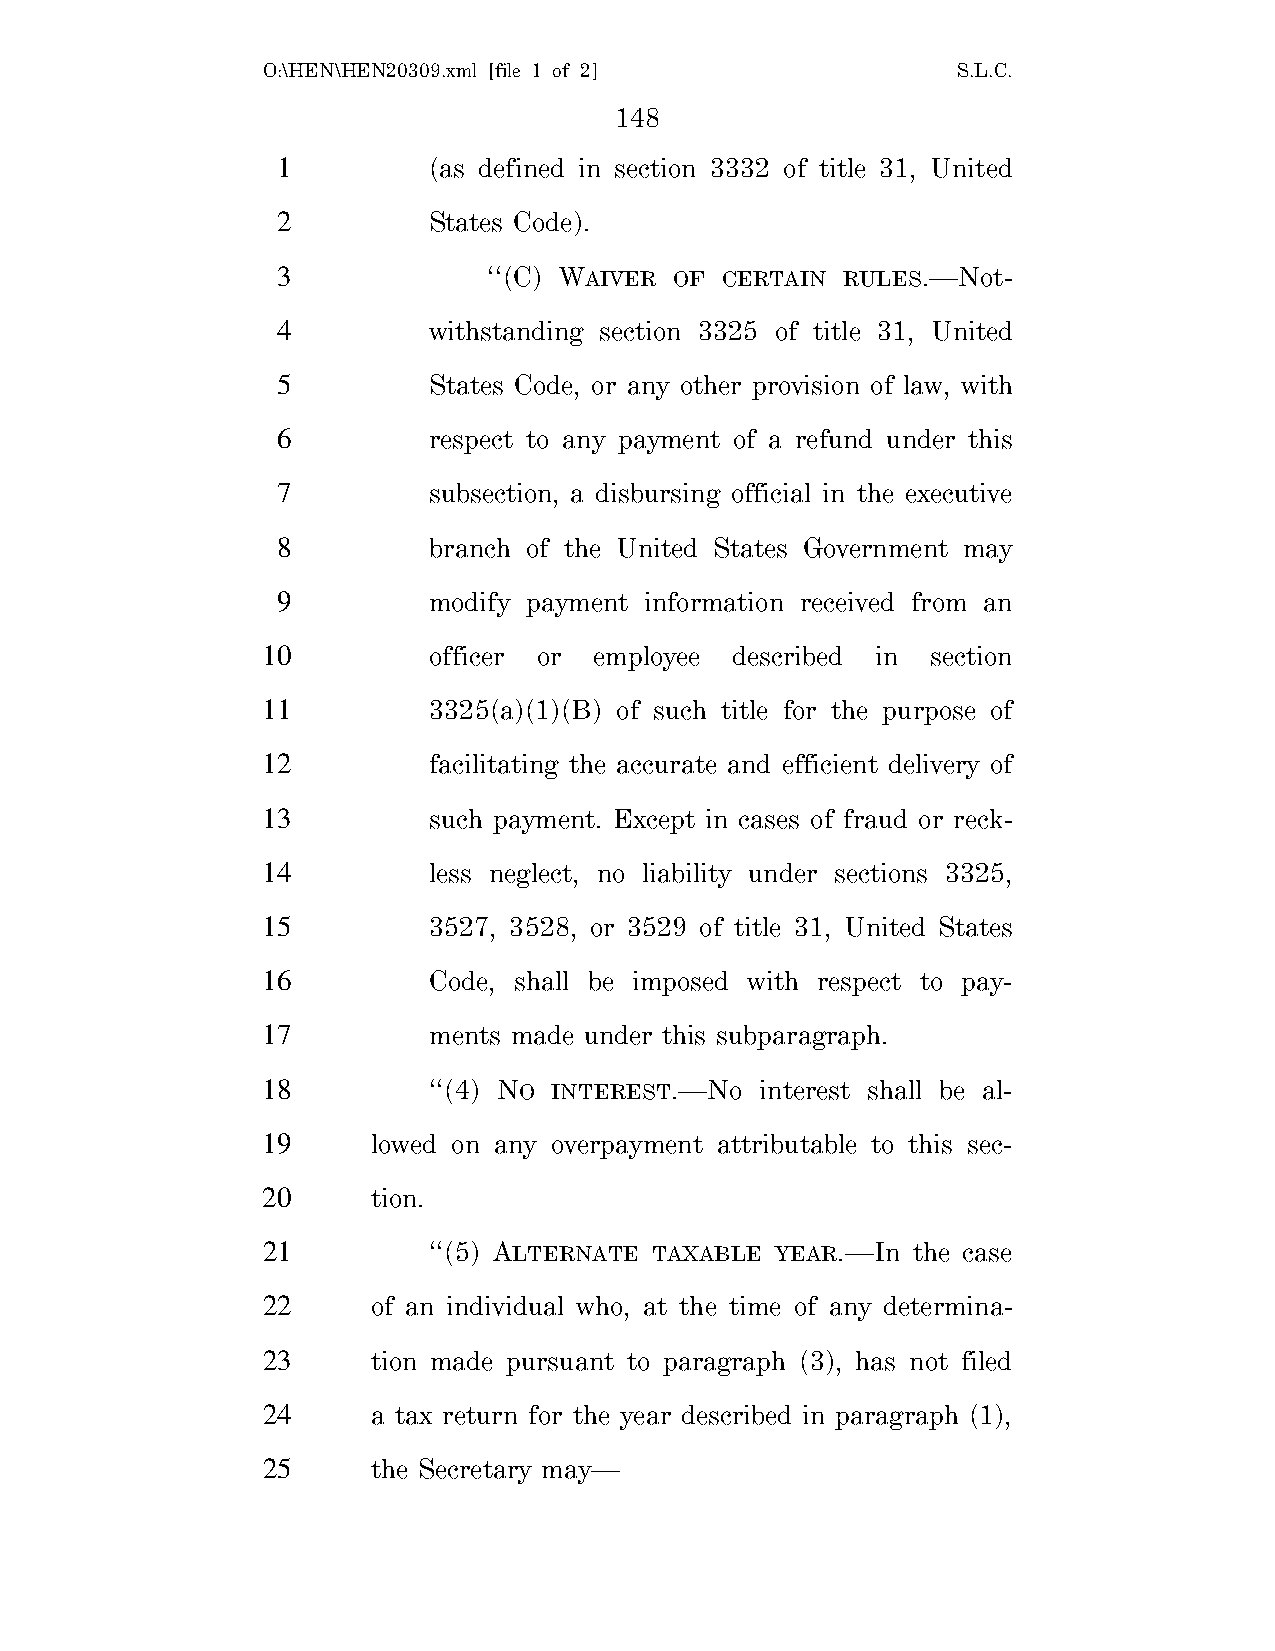
O:\HEN\HEN20309.xml [file 1 of 2]             S.L.C.
 148
 1         (as defined in section 3332 of title 31, United
 2         States Code).
 3             ‘‘(C) WAIVER OF CERTAIN RULES.—Not-
 4         withstanding section 3325 of title 31, United
 5         States Code, or any other provision of law, with
 6         respect to any payment of a refund under this
 7         subsection, a disbursing official in the executive
 8         branch of the United States Government may
 9         modify payment information received from an
 10         officer or employee  described in section
 11         3325(a)(1)(B) of such title for the purpose of
 12         facilitating the accurate and efficient delivery of
 13         such payment. Except in cases of fraud or reck-
 14         less neglect, no liability under sections 3325,
 15         3527, 3528, or 3529 of title 31, United States
 16         Code, shall be imposed with respect to pay-
 17         ments made under this subparagraph.
 18         ‘‘(4) NO INTEREST.—No interest shall be al-
 19      lowed on any overpayment attributable to this sec-
 20      tion.
 21         ‘‘(5) ALTERNATE TAXABLE YEAR.—In the case
 22      of an individual who, at the time of any determina-
 23      tion made pursuant to paragraph (3), has not filed
 24      a tax return for the year described in paragraph (1),
 25      the Secretary may—